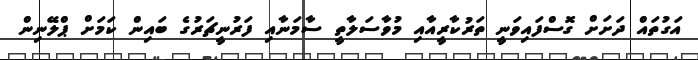
އަގުތައް ދަށަށް ގޮސްފައިވަނީ ތަރުކާރީއާއި މުވާސަލާތީ ސާމަނާއި ފަރުނީޗަރުގެ ބައިން ކަމަށް ޕްލޭނިން